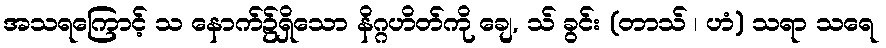
အသရကြောင့် သ နောက်၌ရှိသော နိဂ္ဂဟိတ်ကို ချေ, သ် ခွင်း (တာသ် ၊ ဟံ) သရာ သရေ